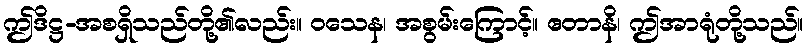
ဤဒိဋ္ဌ-အစရှိသည်တို့၏လည်း။ ဝသေန၊ အစွမ်းကြောင့်။ ဧတာနိ၊ ဤအာရုံတို့သည်။